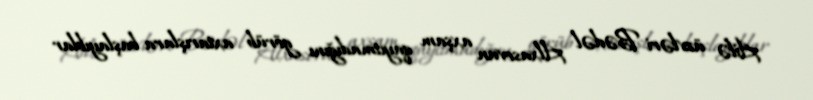
Ailə üzvləri Bədəl Alxasovun axşam qayıtmadığını görüb axtarışlara başlayıblar